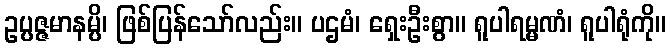
ဥပ္ပဇ္ဇမာနမ္ပိ၊ ဖြစ်ပြန်သော်လည်း။ ပဌမံ၊ ရှေးဦးစွာ။ ရူပါရမ္မဏံ၊ ရူပါရုံကို။